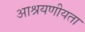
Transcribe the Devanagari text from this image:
आश्रयणीयता